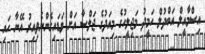
އިސްމާއީލް އަބްދުލް ހަމީދު މަޖިލީހުގެ މިއަދުގެ ޖަލްސާ އަށް ވަޑައިގެންނެވިއިރު އޭނާ ހައި